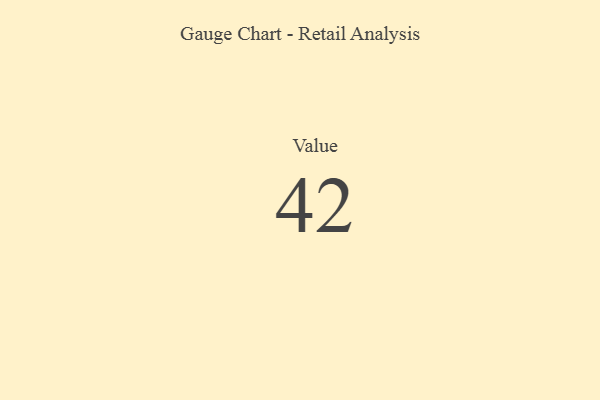
{"axis": {"x": "Metric", "y": "Value"}, "legend": [""], "data": [{"x": "Value", "y": 42, "type": ""}]}